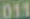
011